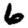
Digit: 6